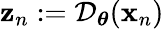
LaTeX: \mathbf z_{n}:=\mathcal{D}_{\boldsymbol\theta}(\mathbf{x}_{n})